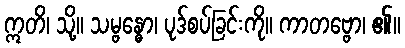
ဣတိ၊ သို့။ သမ္ဗန္ဓော၊ ပုဒ်စပ်ခြင်းကို။ ကာတဗ္ဗော၊ ၏။